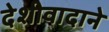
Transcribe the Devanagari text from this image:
देशीवादाने